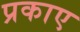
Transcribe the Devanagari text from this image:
प्रकाए